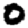
Digit: 0